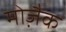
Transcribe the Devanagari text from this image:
मोजै़क